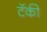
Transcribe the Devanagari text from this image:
टॅकी